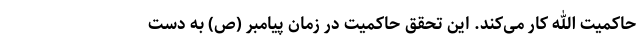
حاکمیت الله کار می‌کند. این تحقق حاکمیت در زمان پیامبر (ص) به دست